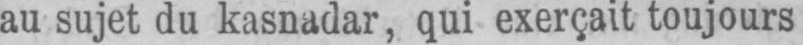
au sujet du kasnadar, qui exerçait toujours